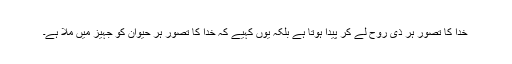
خدا کا تصور ہر ذی روح لے کر پیدا ہوتا ہے بلکہ یوں کہیے کہ خدا کا تصور ہر حیوان کو جہیز میں ملا ہے۔